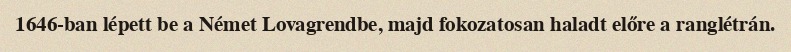
1646-ban lépett be a Német Lovagrendbe, majd fokozatosan haladt előre a ranglétrán.